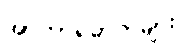
အာဟာရဓာတ်များ